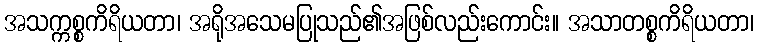
အသက္ကစ္စကိရိယတာ၊ အရိုအသေမပြုသည်၏အဖြစ်လည်းကောင်း။ အသာတစ္စကိရိယတာ၊